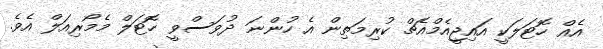
އެއް ހޮޓަލަކީ އައިޖީއެމްއެޗް ކުރިމަތިން އެ ހުންނަ ދުވަސްވީ ހޮޓަލް މެމޯރިއަލް އެވެ.